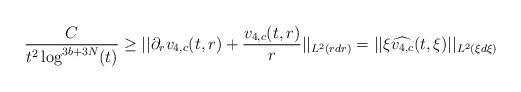
LaTeX: \begin{align*}\frac{C}{t^{2} \log^{3b+3N}(t)} \geq ||\partial_{r}v_{4,c}(t,r) + \frac{v_{4,c}(t,r)}{r}||_{L^{2}(r dr)} = ||\xi \widehat{v_{4,c}}(t,\xi)||_{L^{2}(\xi d\xi)}\end{align*}